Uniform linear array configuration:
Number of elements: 24
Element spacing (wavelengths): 1
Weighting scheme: hann
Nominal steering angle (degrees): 60
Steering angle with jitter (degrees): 60.194
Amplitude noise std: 0.05
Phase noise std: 0.05

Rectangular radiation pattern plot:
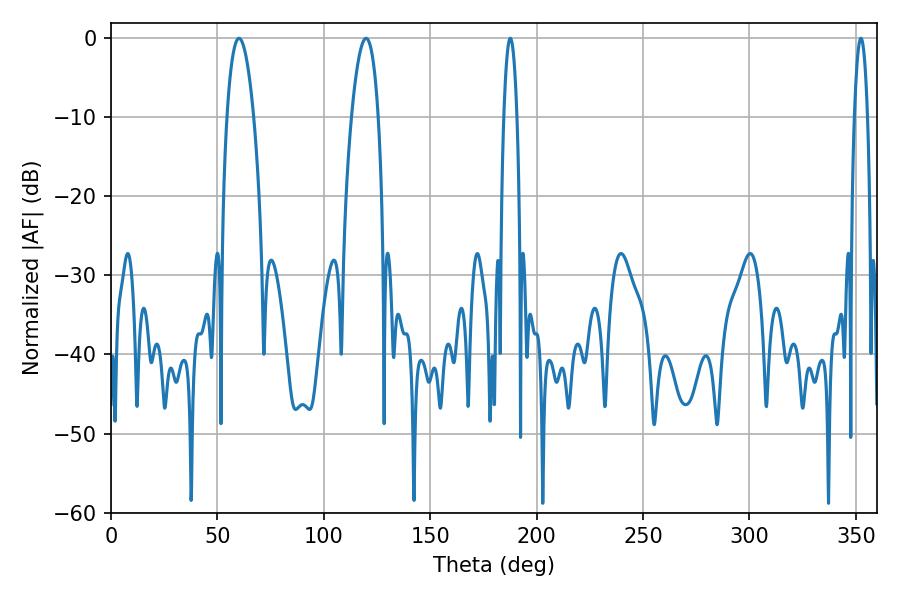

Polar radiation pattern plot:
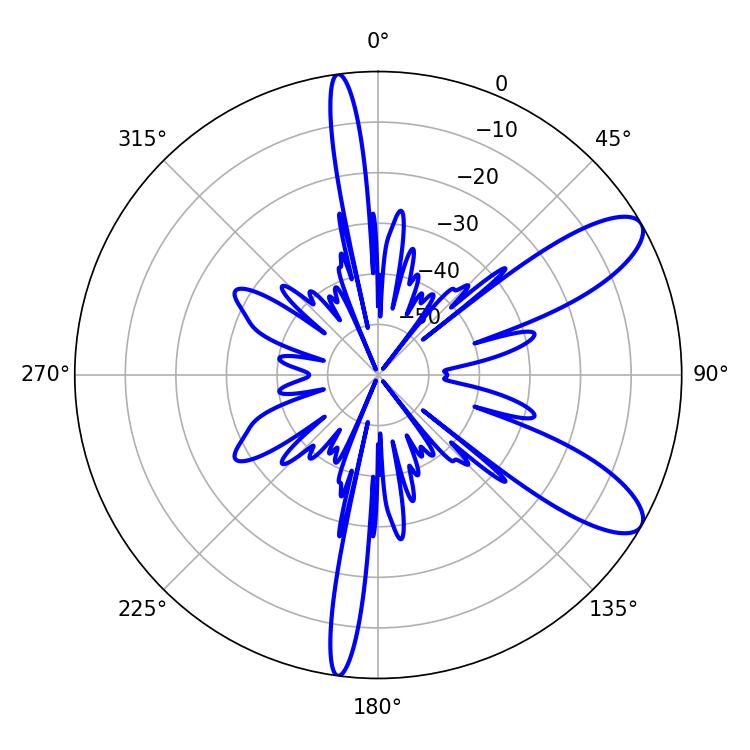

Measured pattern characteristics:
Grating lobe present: TRUE
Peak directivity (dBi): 9.803
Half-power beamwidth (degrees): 7.02
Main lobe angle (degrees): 60.12